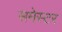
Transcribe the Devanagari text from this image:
समेस्टर